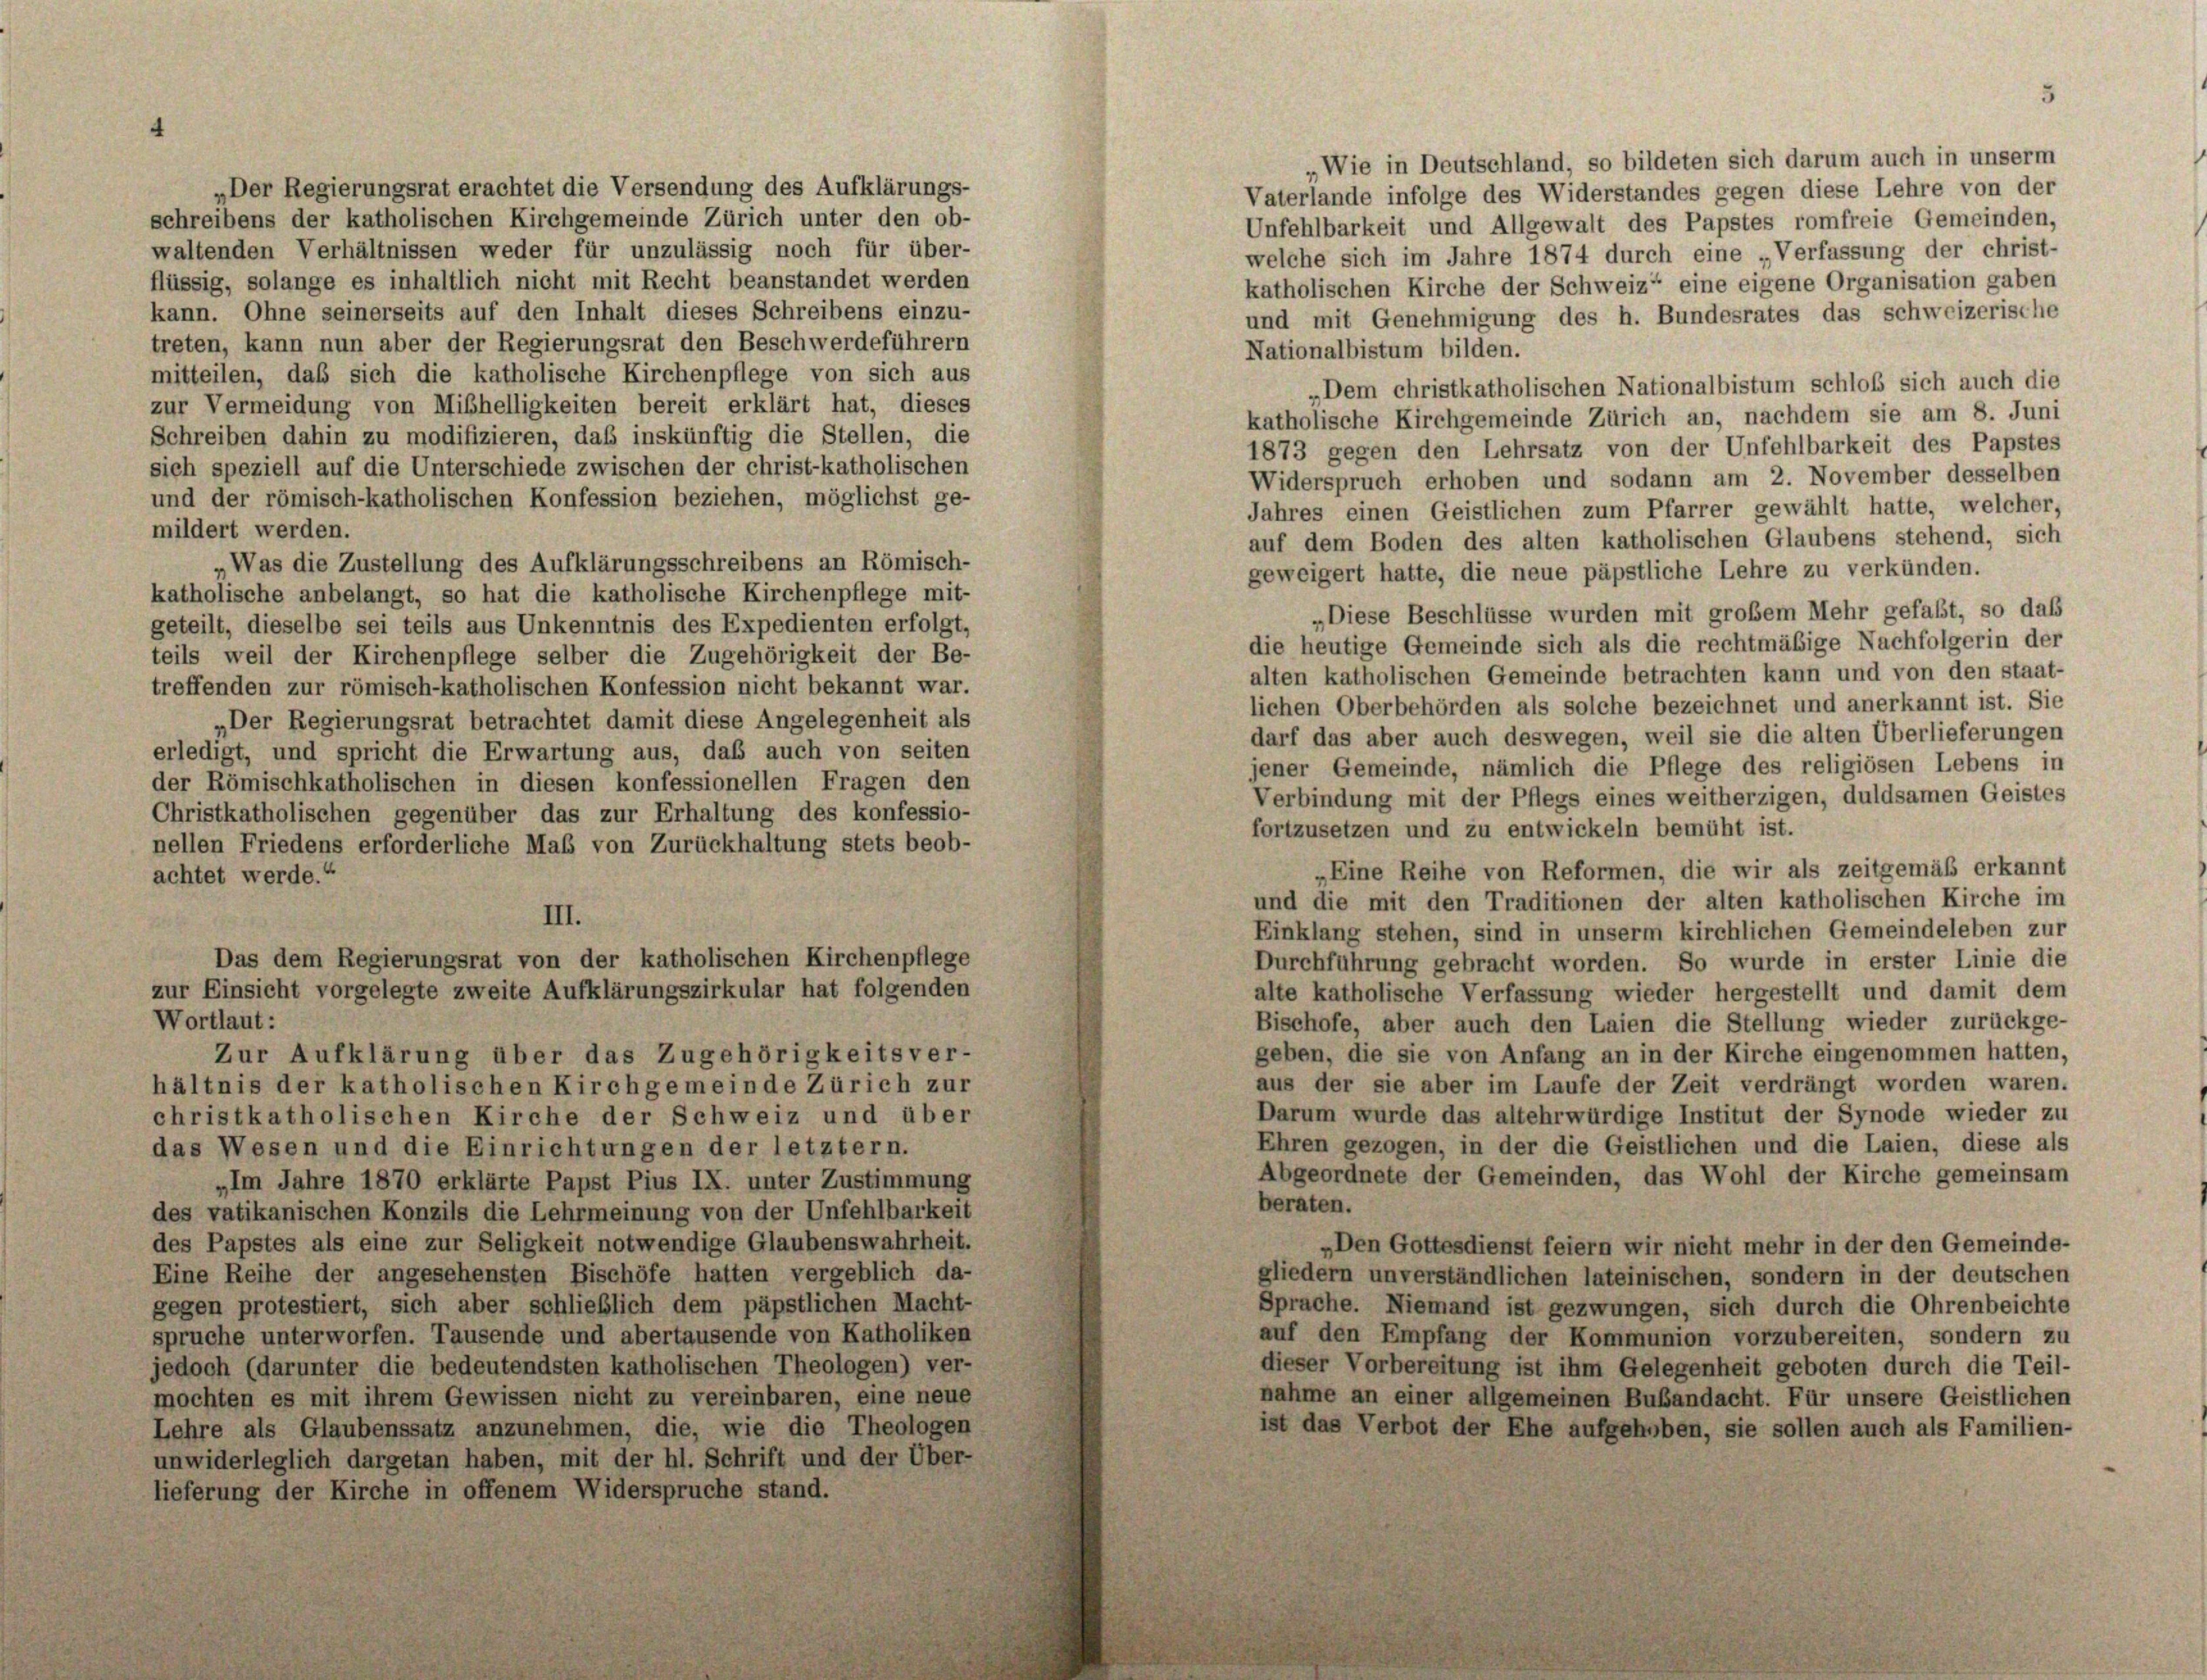
„Der Regierungsrat erachtet die Versendung des Aufklärungs-
schreibens der katholischen Kirchgemeinde Zürich unter den ob-

waltenden Verhältnissen weder für unzulässig noch für über-
welche sich im Jahre 1874 durch eine „Verfassung der christ-
flüssig, solange es inhaltlich nicht mit Recht beanstandet werden
katholischen Kirche der Schweiz“ eine eigene Organisation gaben
kann. Ohne seinerseits auf den Inhalt dieses Schreibens einzu-
und mit Genehmigung des h. Bundesrates das schweizerische
treten, kann nun aber der Regierungsrat den Beschwerdeführern
Nationalbistum bilden.
mitteilen, daß sich die katholische Kirchenpflege von sich aus
„Dem christkatholischen Nationalbistum schloß sich auch die
zur Vermeidung von Mißhelligkeiten bereit erklärt hat, dieses
katholische Kirchgemeinde Zürich an, nachdem sie am 8. Juni
Schreiben dahin zu modifizieren, daß inskünftig die Stellen, die
1873 gegen den Lehrsatz von der Unfehlbarkeit des Papstes
sich speziell auf die Unterschiede zwischen der christ-katholischen
Widerspruch erhoben und sodann am 2. November desselben
und der römisch-katholischen Konfession beziehen, möglichst ge-
Jahres einen Geistlichen zum Pfarrer gewählt hatte, welcher,
mildert werden.
auf dem Boden des alten katholischen Glaubens stehend, sich
„Was die Zustellung des Aufklärungsschreibens an Römisch-
geweigert hatte, die neue päpstliche Lehre zu verkünden.
katholische anbelangt, so hat die katholische Kirchenpflege mit-
„Diese Beschlüsse wurden mit großem Mehr gefaßt, so das
geteilt, dieselbe sei teils aus Unkenntnis des Expedienten erfolgt,
die heutige Gemeinde sich als die rechtmäßige Nachfolgerin der
teils weil der Kirchenpflege selber die Zugehörigkeit der Be-
alten katholischen Gemeinde betrachten kann und von den staat-
treffenden zur römisch-katholischen Konfession nicht bekannt war.
lichen Oberbehörden als solche bezeichnet und anerkannt ist. Sie
„Der Regierungsrat betrachtet damit diese Angelegenheit als
darf das aber auch deswegen, weil sie die alten Überlieferungen
erledigt, und spricht die Erwartung aus, daß auch von seiten
jener Gemeinde, nämlich die Pflege des religiösen Lebens in
der Römischkatholischen in diesen konfessionellen Fragen den
Verbindung mit der Pflegs eines weitherzigen, duldsamen Geistes
Christkatholischen gegenüber das zur Erhaltung des konfessio-
fortzusetzen und zu entwickeln bemüht ist.
nellen Friedens erforderliche Maß von Zurückhaltung stets beob-
„Eine Reihe von Reformen, die wir als zeitgemäß erkannt
achtet werde.“
und die mit den Traditionen der alten katholischen Kirche im
III.
Einklang stehen, sind in unserm kirchlichen Gemeindeleben zur
Das dem Regierungsrat von der katholischen Kirchenpflege
Durchführung gebracht worden. So wurde in erster Linie die
zur Einsicht vorgelegte zweite Aufklärungszirkular hat folgenden
alte katholische Verfassung wieder hergestellt und damit dem
Wortlaut:
Bischofe, aber auch den Laien die Stellung wieder zurückge-
geben, die sie von Anfang an in der Kirche eingenommen hatten,
Zur Aufklärung über das Zugehörigkeitsver-
aus der sie aber im Laufe der Zeit verdrängt worden waren.
hältnis der katholischen Kirchgemeinde Zürich zur
Darum wurde das altehrwürdige Institut der Synode wieder zu
christkatholischen Kirche der Schweiz und über
Ehren gezogen, in der die Geistlichen und die Laien, diese als
das Wesen und die Einrichtungen der letztern.
Abgeordnete der Gemeinden, das Wohl der Kirche gemeinsam
„Im Jahre 1870 erklärte Papst Pius IX. unter Zustimmung
beraten.
des vatikanischen Konzils die Lehrmeinung von der Unfehlbarkeit
des Papstes als eine zur Seligkeit notwendige Glaubenswahrheit.
„Den Gottesdienst feiern wir nicht mehr in der den Gemeinde-
Eine Reihe der angesehensten Bischöfe hatten vergeblich da-
gliedern unverständlichen lateinischen, sondern in der deutschen
gegen protestiert, sich aber schließlich dem päpstlichen Macht-
Sprache. Niemand ist gezwungen, sich durch die Ohrenbeichte
spruche unterworfen. Tausende und abertausende von Katholiken
auf den Empfang der Kommunion vorzubereiten, sondern zu
dieser Vorbereitung ist ihm Gelegenheit geboten durch die Teil-
jedoch (darunter die bedeutendsten katholischen Theologen) ver-
nahme an einer allgemeinen Bubandacht. Für unsere Geistlichen
mochten es mit ihrem Gewissen nicht zu vereinbaren, eine neue
ist das Verbot der Ehe aufgehoben, sie sollen auch als Familien-
Lehre als Glaubenssatz anzunehmen, die, wie die Theologen
unwiderleglich dargetan haben, mit der hl. Schrift und der Über-
lieferung der Kirche in offenem Widerspruche stand.

Wie in Deutschland, so bildeten sich darum auch in unserm
Vaterlande infolge des Widerstandes gegen diese Lehre von der
Unfehlbarkeit und Allgewalt des Papstes romfreie Gemeinden,